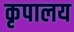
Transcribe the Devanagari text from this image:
कृपालय